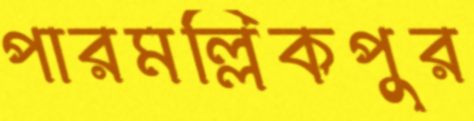
পারমল্লিকপুর